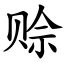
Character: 赊